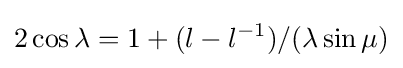
2\cos \lambda =1+(l-l^{-1})/(\lambda \sin \mu )